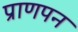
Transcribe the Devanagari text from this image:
प्राणपन